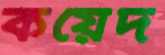
কয়েদ